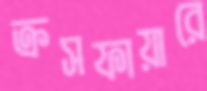
ক্রসফায়ারে